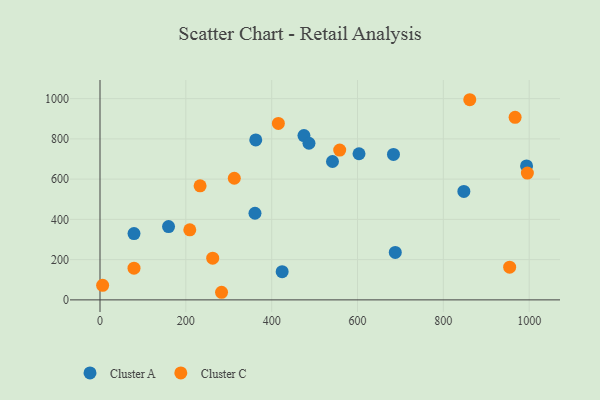
{"axis": {"x": "Study Hours", "y": "Yield"}, "legend": ["Cluster A", "Cluster C"], "data": [{"x": "362.9", "y": 795.0, "type": "Cluster A"}, {"x": "541.7", "y": 687.6, "type": "Cluster A"}, {"x": "159.7", "y": 364.0, "type": "Cluster A"}, {"x": "475.2", "y": 816.3, "type": "Cluster A"}, {"x": "688.0", "y": 235.9, "type": "Cluster A"}, {"x": "847.8", "y": 538.8, "type": "Cluster A"}, {"x": "486.9", "y": 778.2, "type": "Cluster A"}, {"x": "424.4", "y": 140.1, "type": "Cluster A"}, {"x": "361.1", "y": 430.4, "type": "Cluster A"}, {"x": "603.5", "y": 726.0, "type": "Cluster A"}, {"x": "683.8", "y": 722.8, "type": "Cluster A"}, {"x": "993.9", "y": 665.6, "type": "Cluster A"}, {"x": "79.2", "y": 329.6, "type": "Cluster A"}, {"x": "967.2", "y": 907.1, "type": "Cluster C"}, {"x": "6.1", "y": 72.1, "type": "Cluster C"}, {"x": "283.2", "y": 37.8, "type": "Cluster C"}, {"x": "262.6", "y": 207.0, "type": "Cluster C"}, {"x": "79.2", "y": 157.7, "type": "Cluster C"}, {"x": "558.5", "y": 744.2, "type": "Cluster C"}, {"x": "415.6", "y": 876.7, "type": "Cluster C"}, {"x": "209.2", "y": 348.3, "type": "Cluster C"}, {"x": "312.9", "y": 604.3, "type": "Cluster C"}, {"x": "861.6", "y": 994.5, "type": "Cluster C"}, {"x": "995.8", "y": 630.1, "type": "Cluster C"}, {"x": "954.5", "y": 162.5, "type": "Cluster C"}, {"x": "233.2", "y": 566.8, "type": "Cluster C"}]}